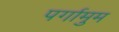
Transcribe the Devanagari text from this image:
पर्गामुम